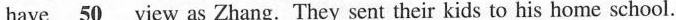
have \underline{50} view as Zhang. They sent their kids to his home school.